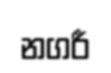
නගරී